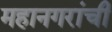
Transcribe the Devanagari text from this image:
महानगरांची